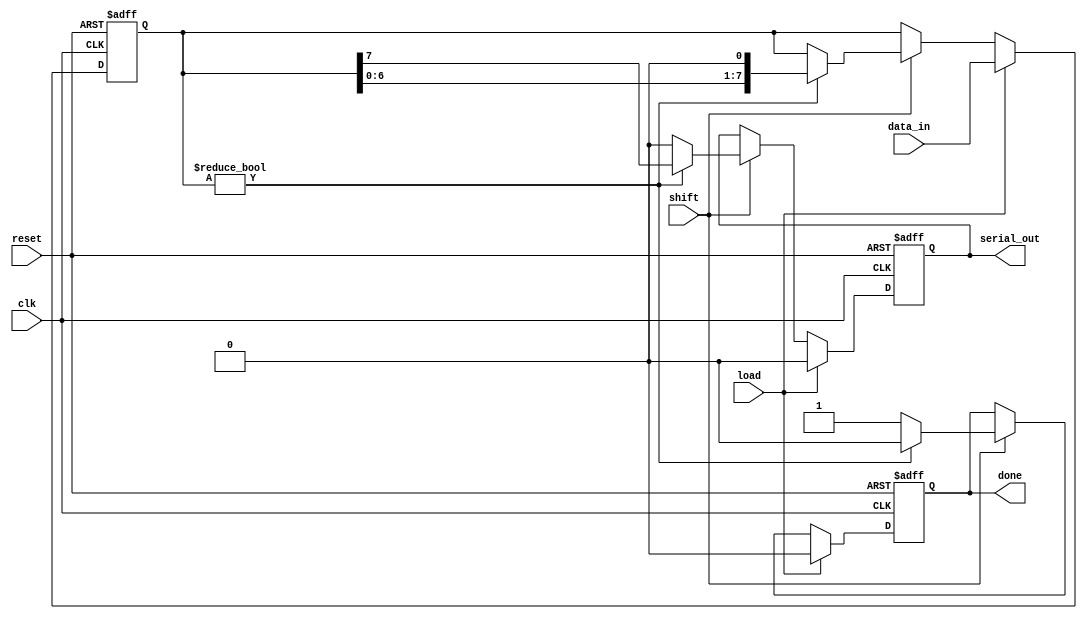
module PISO_Register #(
    parameter WIDTH = 8  // Parameter to define the width of the data input
)(
    input wire clk,        // Clock signal
    input wire reset,      // Reset signal
    input wire load,       // Load signal
    input wire shift,      // Shift signal
    input wire [WIDTH-1:0] data_in, // Parallel data input
    output reg serial_out,  // Serial output
    output reg done        // Done signal to indicate shifting completion
);

    reg [WIDTH-1:0] shift_reg; // Shift register to hold the data

    always @(posedge clk or posedge reset) begin
        if (reset) begin
            shift_reg <= 0;      // Clear the shift register on reset
            serial_out <= 0;     // Clear serial output
            done <= 0;           // Clear done signal
        end else if (load) begin
            shift_reg <= data_in; // Load data into the shift register
            serial_out <= 0;       // Reset serial output
            done <= 0;             // Reset done signal
        end else if (shift) begin
            if (shift_reg != 0) begin
                serial_out <= shift_reg[WIDTH-1]; // Output the MSB
                shift_reg <= {shift_reg[WIDTH-2:0], 1'b0}; // Shift right
                done <= 0; // Still shifting
            end else begin
                serial_out <= 0; // No more data to shift
                done <= 1;       // Indicate shifting is done
            end
        end
    end

endmodule